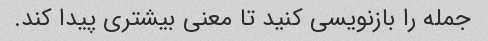
جمله را بازنویسی کنید تا معنی بیشتری پیدا کند.